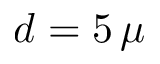
d = 5 \, \mu